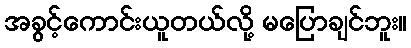
အခွင့်ကောင်းယူတယ်လို့ မပြောချင်ဘူး။